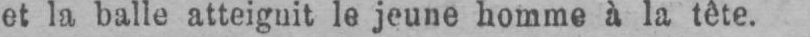
et la balle atteignit le jeune homme à la tête.